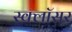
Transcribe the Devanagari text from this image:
स्क्लॉसर